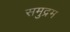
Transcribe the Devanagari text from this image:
समुद्रम